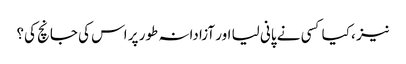
نیز ، کیا کسی نے پانی لیا اور آزادانہ طور پر اس کی جانچ کی؟